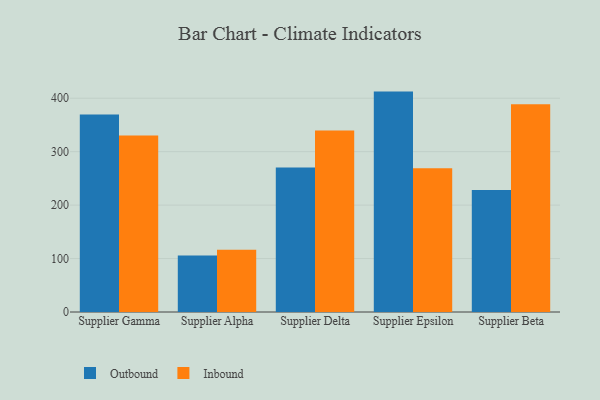
{"axis": {"x": "Supplier", "y": "Budget (USD K)"}, "legend": ["Inbound", "Outbound"], "data": [{"x": "Supplier Gamma", "y": 369.7, "type": "Outbound"}, {"x": "Supplier Gamma", "y": 330.4, "type": "Inbound"}, {"x": "Supplier Alpha", "y": 105.5, "type": "Outbound"}, {"x": "Supplier Alpha", "y": 116.7, "type": "Inbound"}, {"x": "Supplier Delta", "y": 270.5, "type": "Outbound"}, {"x": "Supplier Delta", "y": 339.5, "type": "Inbound"}, {"x": "Supplier Epsilon", "y": 412.4, "type": "Outbound"}, {"x": "Supplier Epsilon", "y": 268.9, "type": "Inbound"}, {"x": "Supplier Beta", "y": 228.4, "type": "Outbound"}, {"x": "Supplier Beta", "y": 388.5, "type": "Inbound"}]}